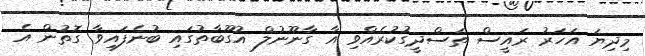
މިދިޔަ އަހަރު ރައީސް ތަސްދީގުކުރެއްވި އާ ގާނޫނުލް އުގޫބާތުގައި ބުނެފައިވާ ގޮތުން އެ